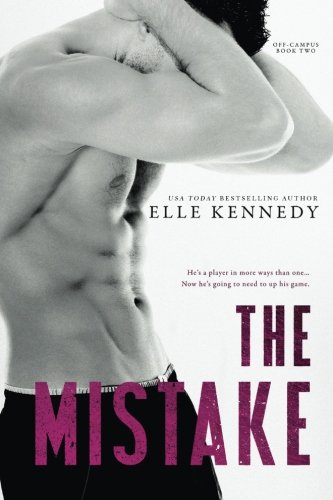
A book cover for The Mistake (Off-Campus) (Volume 2); Elle Kennedy; Romance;